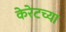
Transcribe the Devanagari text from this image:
केरेटच्या